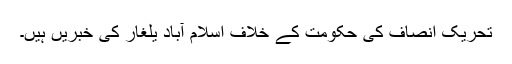
تحریک انصاف کی حکومت کے خلاف اسلام آباد یلغار کی خبریں ہیں۔